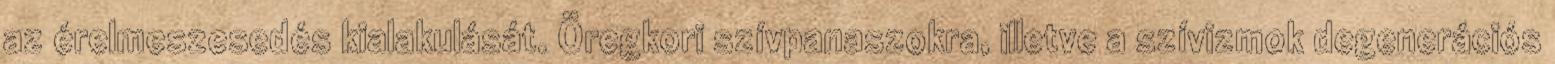
az érelmeszesedés kialakulását. Öregkori szívpanaszokra, illetve a szívizmok degenerációs